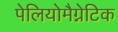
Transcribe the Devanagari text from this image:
पेलियोमैग्नेटिक